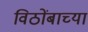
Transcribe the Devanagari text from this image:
विठोंबाच्या